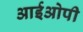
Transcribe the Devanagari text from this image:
आईओपी